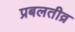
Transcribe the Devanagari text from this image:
प्रबलतीव्र